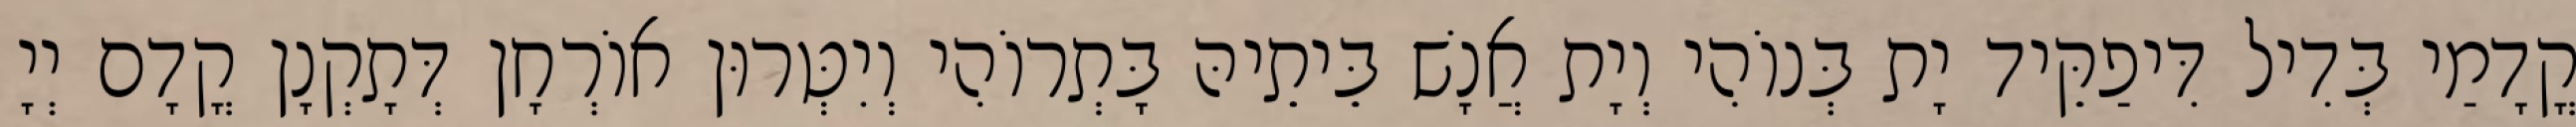
קֳדָמַי בְּדִיל דִּיפַקֵּיד יָת בְּנוֹהִי וְיָת אֲנָשׁ בֵּיתֵיהּ בָּתְרוֹהִי וְיִטְּרוּן אוֹרְחָן דְּתָקְנָן קֳדָם יְיָ